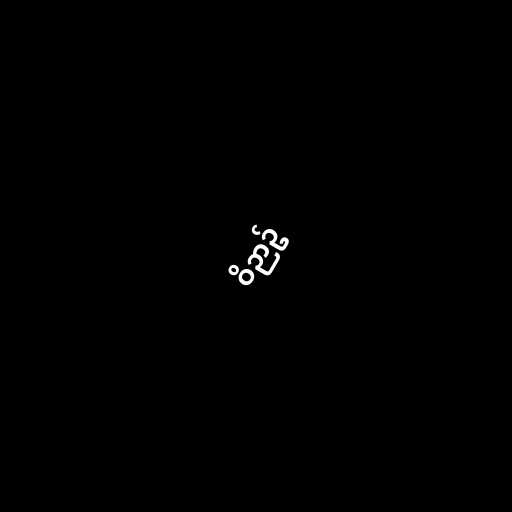
ဝိဉာဥ်